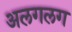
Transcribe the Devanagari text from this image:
अलगलग